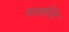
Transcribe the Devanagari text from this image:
माशीने